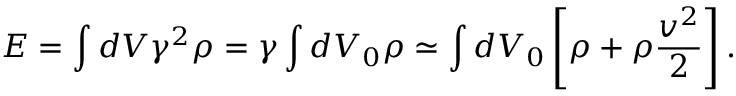
E = \int d V \gamma ^ { 2 } \rho = \gamma \int d V _ { 0 } \rho \simeq \int d V _ { 0 } \left[ \rho + \rho \frac { v ^ { 2 } } { 2 } \right] .